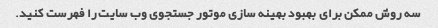
سه روش ممکن برای بهبود بهینه سازی موتور جستجوی وب سایت را فهرست کنید.